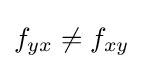
f_{yx}\neq f_{xy}